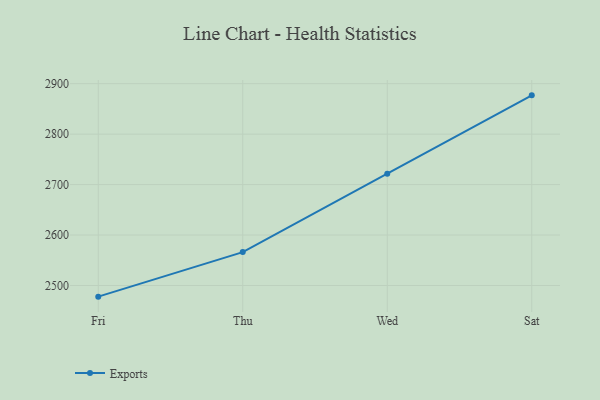
{"axis": {"x": "Day", "y": "Budget (USD K)"}, "legend": ["Exports"], "data": [{"x": "Fri", "y": 2477.9, "type": "Exports"}, {"x": "Thu", "y": 2566.2, "type": "Exports"}, {"x": "Wed", "y": 2721.6, "type": "Exports"}, {"x": "Sat", "y": 2876.9, "type": "Exports"}]}